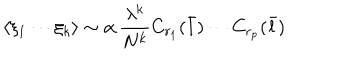
\langle \xi _ { 1 } \cdots \xi _ { k } \rangle \sim \alpha \, \frac { \lambda ^ { k } } { N ^ { k } } C _ { r _ { 1 } } ( { \bar { l } } ) \cdots C _ { r _ { p } } ( { \bar { l } } )